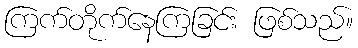
ကြက်တိုက်နေကြခြင်း ဖြစ်သည်။